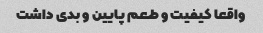
واقعا کیفیت و طعم پایین و بدی داشت